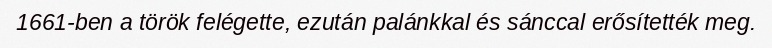
1661-ben a török felégette, ezután palánkkal és sánccal erősítették meg.